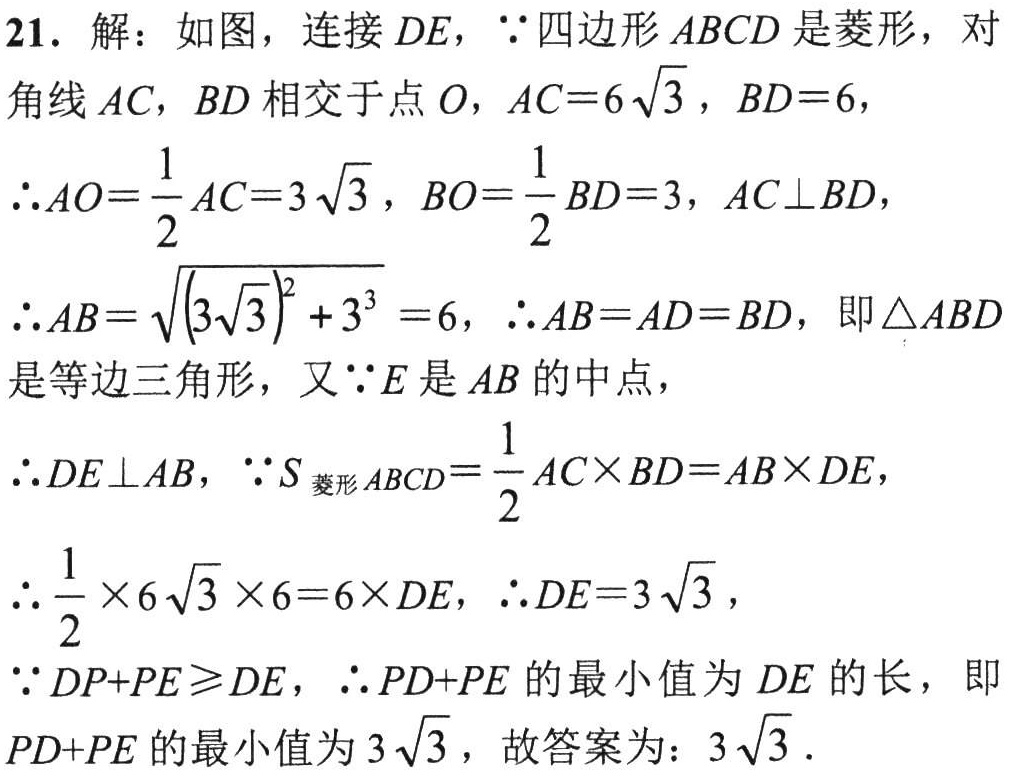
21. 解：如图，连接 \(DE\)，\(\because\)四边形 \(ABCD\) 是菱形，对角线 \(AC\)，\(BD\) 相交于点 \(O\)，\(AC = 6\sqrt{3}\)，\(BD = 6\)，

\(\therefore AO=\frac{1}{2}AC = 3\sqrt{3}\)，\(BO=\frac{1}{2}BD = 3\)，\(AC\perp BD\)，

\(\therefore AB=\sqrt{(3\sqrt{3})^{2}+3^{2}} = 6\)，\(\therefore AB = AD = BD\)，即 \(\triangle ABD\) 是等边三角形，又 \(\because E\) 是 \(AB\) 的中点，

\(\therefore DE\perp AB\)，\(\because S_{菱形 ABCD}=\frac{1}{2}AC\times BD = AB\times DE\)，

\(\therefore\frac{1}{2}\times6\sqrt{3}\times6 = 6\times DE\)，\(\therefore DE = 3\sqrt{3}\)，

\(\because DP + PE\geq DE\)，\(\therefore PD + PE\) 的最小值为 \(DE\) 的长，即 \(PD + PE\) 的最小值为 \(3\sqrt{3}\)，故答案为：\(3\sqrt{3}\)．